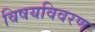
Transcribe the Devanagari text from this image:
विषयविवरण